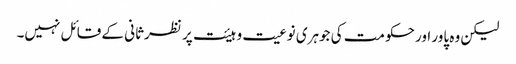
لیکن وہ پاور اور حکومت کی جوہری نوعیت و ہیئت پر نظرثانی کے قائل نہیں۔